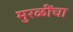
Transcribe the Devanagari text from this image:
मुरळींचा